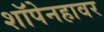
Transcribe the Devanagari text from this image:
शॉपेनहावर